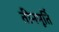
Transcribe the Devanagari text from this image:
तीनमूर्ति